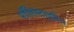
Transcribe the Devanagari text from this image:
पॉलिस्टाइरिन